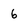
Character: 6